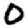
Digit: 0